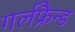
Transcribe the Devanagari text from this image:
गर्लफ्रैन्ड